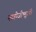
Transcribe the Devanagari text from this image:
नागोजीभट्टांनी